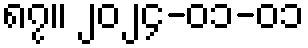
၈၇။ ၂၀၂၄-၀၁-၀၁